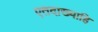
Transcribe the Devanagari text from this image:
एतदाख्याहि